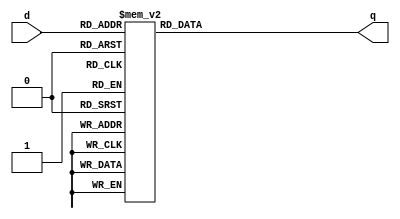
module _3_to_8decoder(d,q);//3 to 8 decoder module
	input [2:0]d;//3bit input(wAddr)
	output reg [7:0]q;//8bit decoder output
	
	always@(d) begin
		case(d)//Assign appropriate values of output q
			3'b000: q=8'b00000001;
			3'b001: q=8'b00000010;
			3'b010: q=8'b00000100;
			3'b011: q=8'b00001000;
			3'b100: q=8'b00010000;
			3'b101: q=8'b00100000;
			3'b110: q=8'b01000000;
			3'b111: q=8'b10000000;
			default: q=8'hx;//default
		endcase//endcase
	end
endmodule